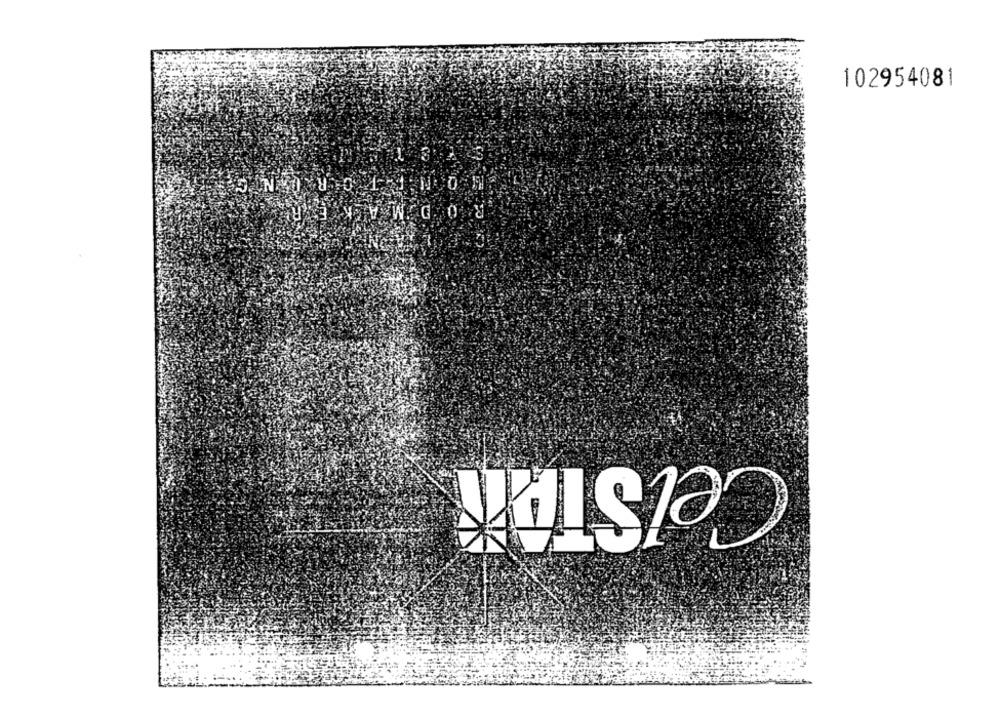
102954081
R.O DM
CelSTAň